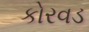
કોરવડ